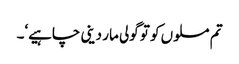
تم مسلوں کو تو گولی مار دینی چاہیے‘۔